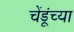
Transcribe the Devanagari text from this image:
चेंडूंच्या